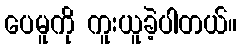
ပေမူကို ကူးယူခဲ့ပါတယ်။